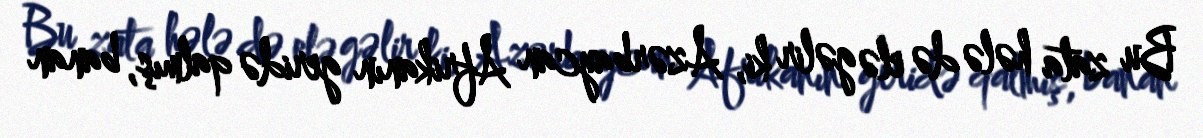
Bu zata hələ də elə gəlir ki, Azərbaycan Afrikanın geridə qalmış, banan